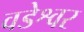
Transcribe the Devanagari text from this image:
वडेश्वर